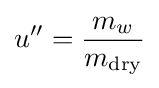
u''={\frac {m_{w}}{m_{\text{dry}}}}